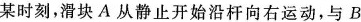
某时刻，滑块A从静止开始沿杆向右运动，与B